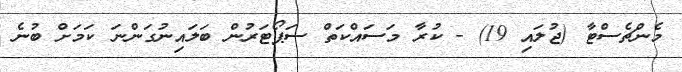
މެންޗެސްޓާ (ޖުލައި 19) - ކުރާ މަސައްކަތް ސަޕޯޓަރުން ބަލައިނުގަންނަ ކަމަށް ބުނެ